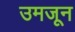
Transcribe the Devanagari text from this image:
उमजून